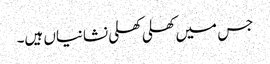
جس میں کھلی کھلی نشانیاں ہیں۔